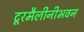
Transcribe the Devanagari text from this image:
टूरमैलीनीभवन